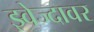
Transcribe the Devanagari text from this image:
झ्वेज्दावर